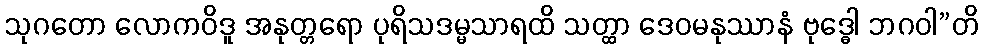
သုဂတော လောကဝိဒူ အနုတ္တရော ပုရိသဒမ္မသာရထိ သတ္ထာ ဒေဝမနုဿာနံ ဗုဒ္ဓေါ ဘဂဝါ”တိ